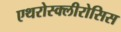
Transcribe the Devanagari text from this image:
एथरोस्क्लीरोसिस